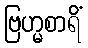
ဗြဟ္မစာရိံ